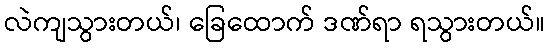
လဲကျသွားတယ်၊ ခြေထောက် ဒဏ်ရာ ရသွားတယ်။